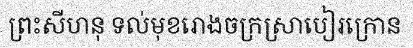
ព្រះសីហនុ ទល់មុខរោងចក្រស្រាបៀរក្រោន